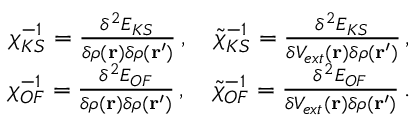
\begin{array} { r } { \chi _ { K S } ^ { - 1 } = \frac { \delta ^ { 2 } E _ { K S } } { \delta \rho ( \mathbf { r } ) \delta \rho ( \mathbf { r ^ { \prime } } ) } \, , \quad \tilde { \chi } _ { K S } ^ { - 1 } = \frac { \delta ^ { 2 } E _ { K S } } { \delta V _ { e x t } ( \mathbf { r } ) \delta \rho ( \mathbf { r ^ { \prime } } ) } \, , } \\ { \chi _ { O F } ^ { - 1 } = \frac { \delta ^ { 2 } E _ { O F } } { \delta \rho ( \mathbf { r } ) \delta \rho ( \mathbf { r ^ { \prime } } ) } \, , \quad \tilde { \chi } _ { O F } ^ { - 1 } = \frac { \delta ^ { 2 } E _ { O F } } { \delta V _ { e x t } ( \mathbf { r } ) \delta \rho ( \mathbf { r ^ { \prime } } ) } \, . } \end{array}